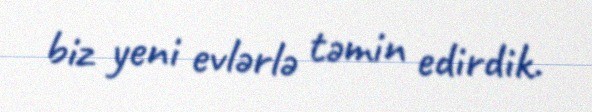
biz yeni evlərlə təmin edirdik.